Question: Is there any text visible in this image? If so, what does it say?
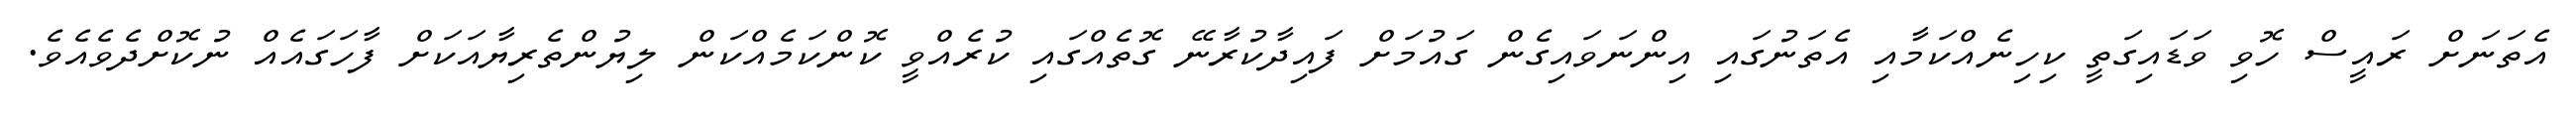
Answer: އެތަނަށް ރައީސް ހޮވި ވަޑައިގަތީ ކިހިނެއްކަމާއި އެތަނުގައި އިންނަވައިގެން ގައުމަށް ފައިދާކުރާނޭ ގޮތެއްގައި ކުރެއްވީ ކޮންކަމެއްކަން ލިޔުންތެރިޔާއަކަށް ފާހަގައެއް ނުކޮށްދެވެއެވެ.